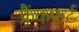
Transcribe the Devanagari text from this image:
फ्रैंकफ़र्ट